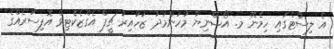
އެ ލިސްޓްގައި ހިމެނޭ މ. އޯޝޭނިޔާ މުހަންމަދު ޒުހައިރު ޗީފް އެގްޒެކެޓިވް އޮފިސަރެއްގެ